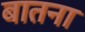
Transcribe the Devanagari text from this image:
बातना